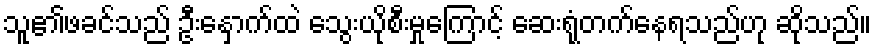
သူ၏ဖခင်သည် ဦးနှောက်ထဲ သွေးယိုစီးမှုကြောင့် ဆေးရုံတက်နေရသည်ဟု ဆိုသည်။